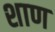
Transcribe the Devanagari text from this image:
शाण